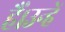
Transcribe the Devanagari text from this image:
हैं।उन्हें